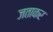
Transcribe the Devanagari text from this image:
जताकर